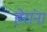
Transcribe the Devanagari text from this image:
हेरांना